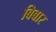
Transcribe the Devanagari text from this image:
बिबार